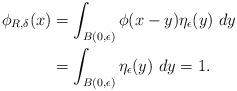
LaTeX: \begin{align*} \phi_{R, \delta}(x) &= \int_{B(0, \epsilon)} \phi(x - y) \eta_{\epsilon}(y) \ dy \\ &= \int_{B(0, \epsilon)} \eta_{\epsilon} (y) \ dy = 1.\end{align*}